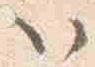
以